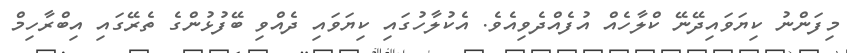
މިފަންނު ކިޔަވައިދޭނޭ ކްލާހެއް އުފެއްދެވިއެވެ. އެކުލާހުގައި ކިޔަވައި ދެއްވި ބޭފުޅުންގެ ތެރޭގައި އިބްރާހިމް